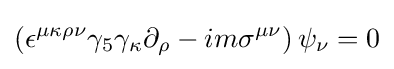
\left(\epsilon ^{\mu \kappa \rho \nu }\gamma _{5}\gamma _{\kappa }\partial _{\rho }-im\sigma ^{\mu \nu }\right)\psi _{\nu }=0